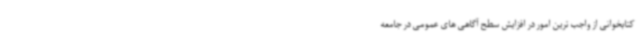
کتابخوانی از واجب ترین امور در افزایش سطح آگاهی های عمومی در جامعه